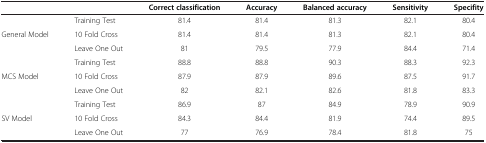
| <COLSPAN=2>  | Correct classification | Accuracy | Balanced accuracy | Sensitivity | Specifity |
 | --- | --- | --- | --- | --- | --- | --- |
 | <ROWSPAN=3> General Model | Training Test | 81.4 | 81.4 | 81.3 | 82.1 | 80.4 |
 | 10 Fold Cross | 81.4 | 81.4 | 81.3 | 82.1 | 80.4 |
 | Leave One Out | 81 | 79.5 | 77.9 | 84.4 | 71.4 |
 | <ROWSPAN=3> MCS Model | Training Test | 88.8 | 88.8 | 90.3 | 88.3 | 92.3 |
 | 10 Fold Cross | 87.9 | 87.9 | 89.6 | 87.5 | 91.7 |
 | Leave One Out | 82 | 82.1 | 82.6 | 81.8 | 83.3 |
 | <ROWSPAN=3> SV Model | Training Test | 86.9 | 87 | 84.9 | 78.9 | 90.9 |
 | 10 Fold Cross | 84.3 | 84.4 | 81.9 | 74.4 | 89.5 |
 | Leave One Out | 77 | 76.9 | 78.4 | 81.8 | 75 |